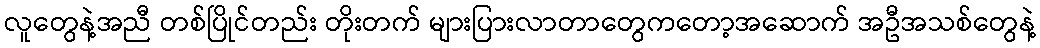
လူတွေနဲ့အညီ တစ်ပြိုင်တည်း တိုးတက် များပြားလာတာတွေကတော့အဆောက် အဦအသစ်တွေနဲ့